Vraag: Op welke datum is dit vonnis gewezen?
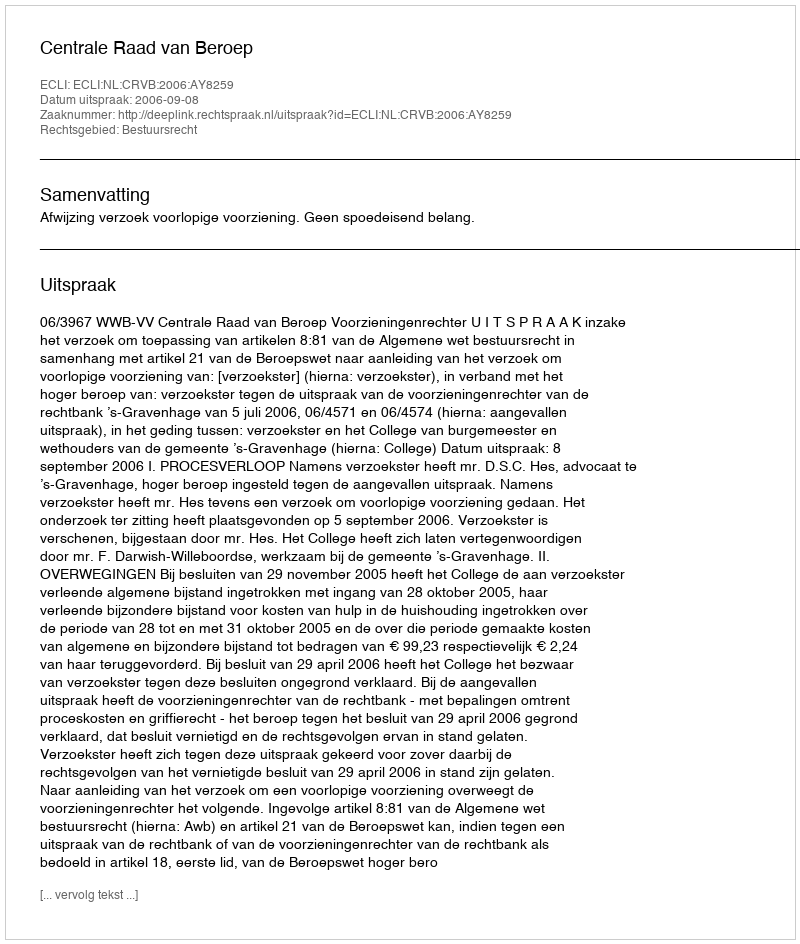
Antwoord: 2006-09-08